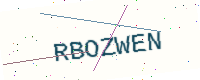
Text: RBOZWEN